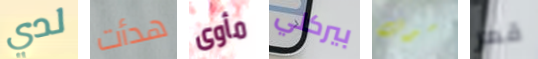
لدي هدأت مأوى بيركلي سوف قعر